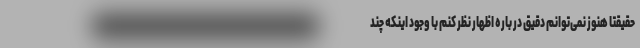
حقیقتا هنوز نمی‌توانم دقیق در باره اظهار نظر کنم با وجود اینکه چند